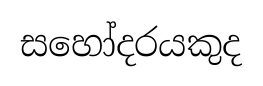
සහෝදරයකුද